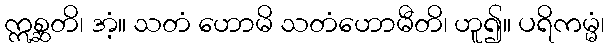
ဣစ္ဆတိ၊ အံ့။ သတံ ဟောမိ သတံဟောမီတိ၊ ဟူ၍။ ပရိကမ္မံ၊